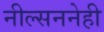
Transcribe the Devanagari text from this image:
नील्सननेही